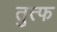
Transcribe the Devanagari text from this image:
तुत्फ